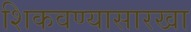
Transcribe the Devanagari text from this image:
शिकवण्यासारखा